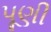
પૂણી